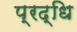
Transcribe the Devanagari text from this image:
प्रद्धि